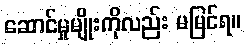
ဆောင်မှုမျိုးကိုလည်း မမြင်ရ။